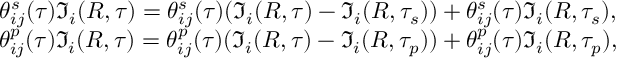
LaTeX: \begin{array} { c } { { \theta _ { i j } ^ { s } ( \tau ) \Im _ { i } ( R , \tau ) = \theta _ { i j } ^ { s } ( \tau ) ( \Im _ { i } ( R , \tau ) - \Im _ { i } ( R , \tau _ { s } ) ) + \theta _ { i j } ^ { s } ( \tau ) \Im _ { i } ( R , \tau _ { s } ) , } } \\ { { \theta _ { i j } ^ { p } ( \tau ) \Im _ { i } ( R , \tau ) = \theta _ { i j } ^ { p } ( \tau ) ( \Im _ { i } ( R , \tau ) - \Im _ { i } ( R , \tau _ { p } ) ) + \theta _ { i j } ^ { p } ( \tau ) \Im _ { i } ( R , \tau _ { p } ) , } } \end{array}